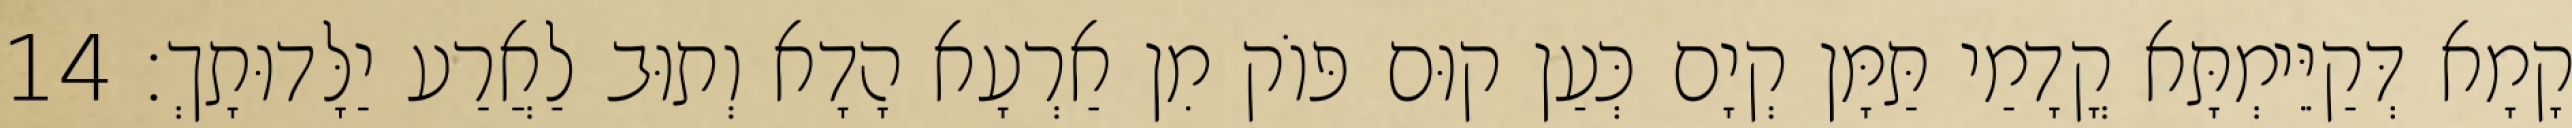
קָמָא דְּקַיֵּימְתָּא קֳדָמַי תַּמָּן קְיָם כְּעַן קוּם פּוֹק מִן אַרְעָא הָדָא וְתוּב לַאֲרַע יַלָּדוּתָךְ׃ 14